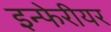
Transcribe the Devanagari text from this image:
इन्फेरीयर